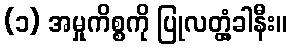
(၁) အမှုကိစ္စကို ပြုလတ္တံ့ခါနီး။